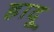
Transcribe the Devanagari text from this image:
हादु